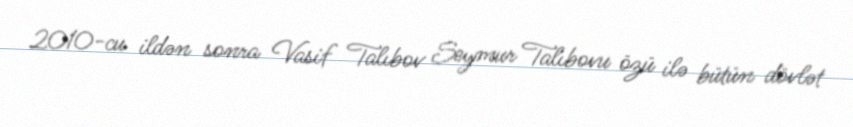
2010-cu ildən sonra Vasif Talıbov Seymur Talıbovu özü ilə bütün dövlət